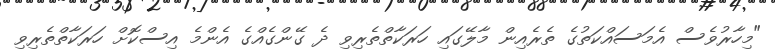
"މިހާރުވެސް އެމަސައްކަތުގެ ތެރެއިން މާލޭގައި ހަރަކާތްތެރިވި ދެ ގޭންގެއްގެ އެންމެ އިސްކޮށް ހަރަކާތްތެރިވި